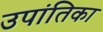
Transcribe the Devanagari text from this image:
उपांतिका